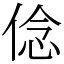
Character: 㑫